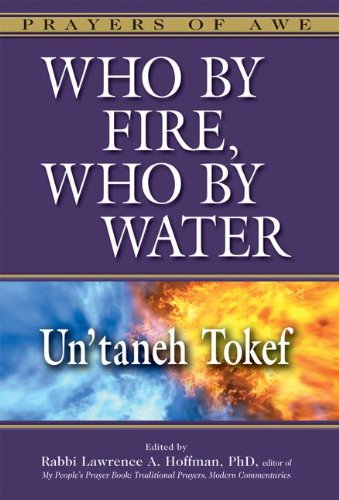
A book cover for Who by Fire, Who by Water: Un'taneh Tokef (Prayers of Awe); Religion & Spirituality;